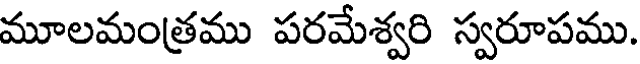
మూలమంత్రము పరమేశ్వరి స్వరూపము.